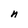
Character: n